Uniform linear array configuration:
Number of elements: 32
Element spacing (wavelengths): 0.25
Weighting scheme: cosine
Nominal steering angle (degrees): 45
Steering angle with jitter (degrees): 43.915
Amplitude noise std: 0.05
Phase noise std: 0.05

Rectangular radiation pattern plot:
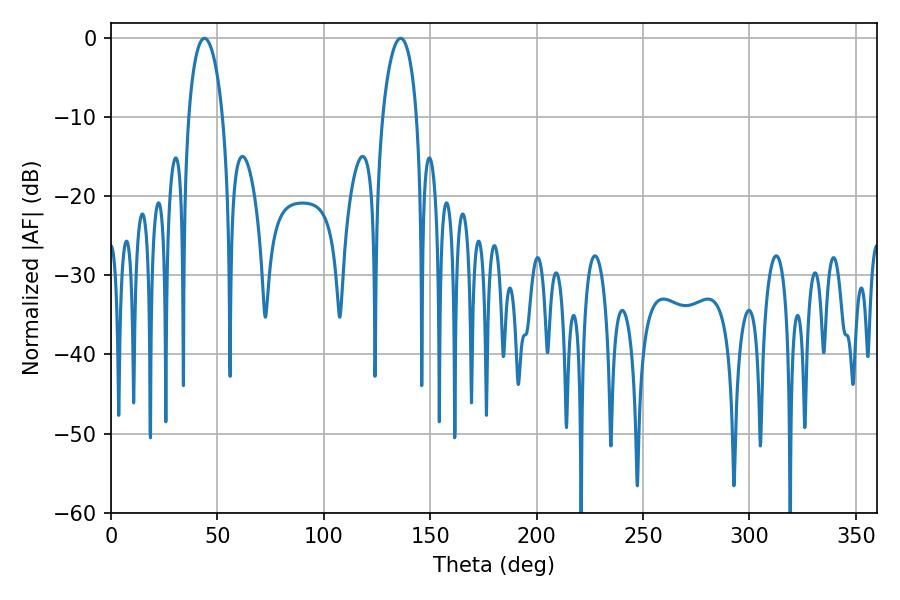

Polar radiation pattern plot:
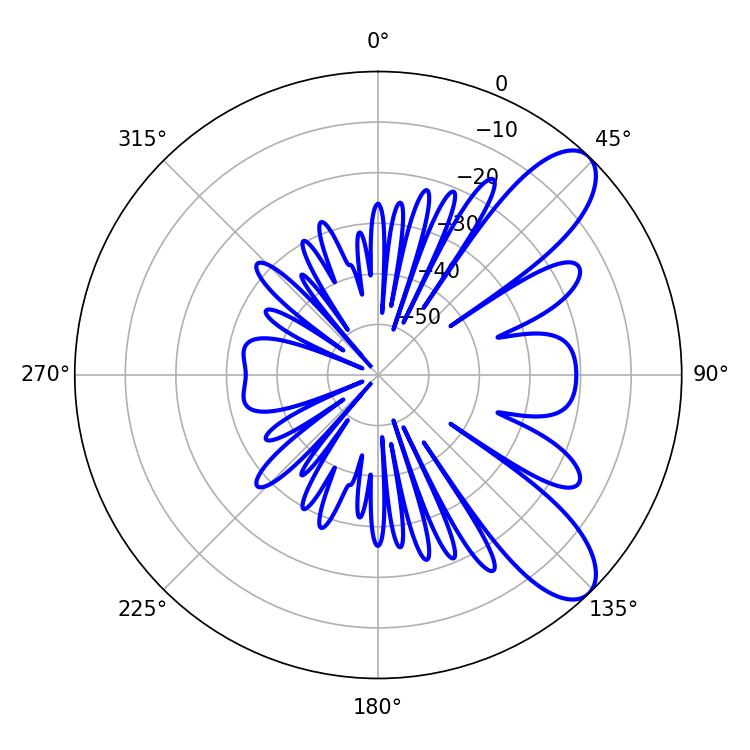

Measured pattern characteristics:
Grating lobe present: FALSE
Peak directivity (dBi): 9.104
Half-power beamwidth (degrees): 9
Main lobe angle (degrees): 43.92